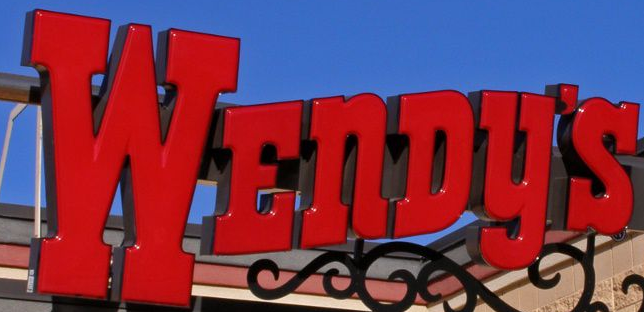
WEnDy's